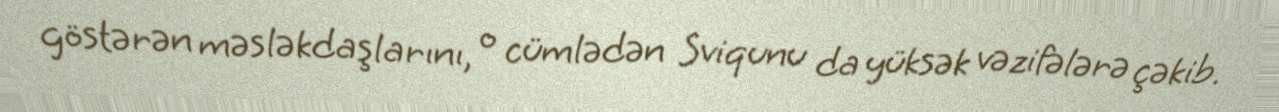
göstərən məsləkdaşlarını, o cümlədən Sviqunu da yüksək vəzifələrə çəkib.